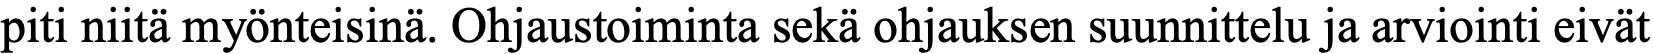
piti niitä myönteisinä. Ohjaustoiminta sekä ohjauksen suunnittelu ja arviointi eivät